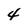
Character: 4